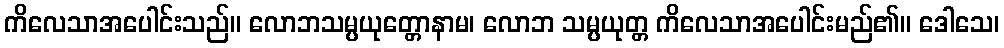
ကိလေသာအပေါင်းသည်။ လောဘသမ္ပယုတ္တောနာမ၊ လောဘ သမ္ပယုတ္တ ကိလေသာအပေါင်းမည်၏။ ဒေါသေ၊